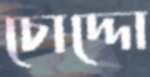
চোদ্দো